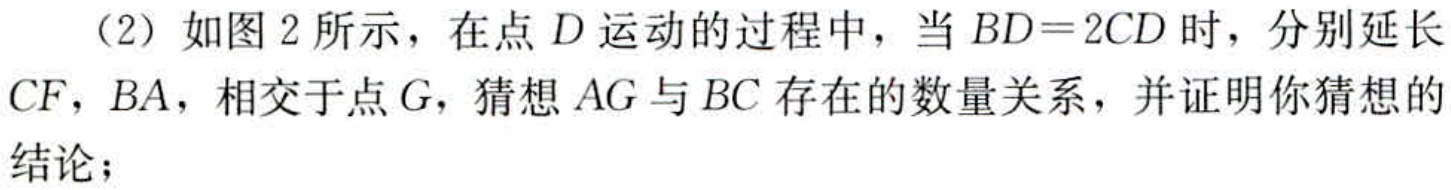
（2）如图2所示，在点\(D\)运动的过程中，当\(BD = 2CD\)时，分别延长\(CF\)，\(BA\)，相交于点\(G\)，猜想\(AG\)与\(BC\)存在的数量关系，并证明你猜想的结论；